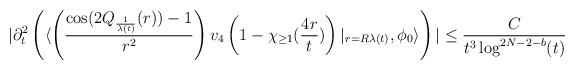
LaTeX: \begin{align*} |\partial_{t}^{2}\left(\langle\left(\frac{\cos(2Q_{\frac{1}{\lambda(t)}}(r))-1}{r^{2}}\right)v_{4}\left(1-\chi_{\geq 1}(\frac{4r}{t})\right)\vert_{r=R\lambda(t)}, \phi_{0}\rangle\right)| \leq \frac{C}{t^{3}\log^{2N-2-b}(t)}\end{align*}